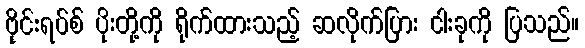
ဗိုင်းရပ်စ် ပိုးတို့ကို ရိုက်ထားသည့် ဆလိုက်ပြား ငါးခုကို ပြသည်။